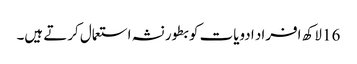
16 لاکھ افراد ادویات کو بطور نشہ استعمال کرتے ہیں۔